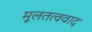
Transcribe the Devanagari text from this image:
मूलतत्ववाद